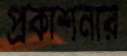
প্রকাশনার